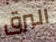
البرق